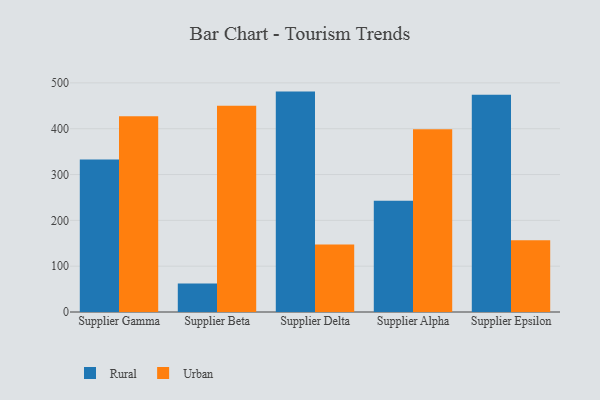
{"axis": {"x": "Supplier", "y": "Page Views"}, "legend": ["Rural", "Urban"], "data": [{"x": "Supplier Gamma", "y": 332.8, "type": "Rural"}, {"x": "Supplier Gamma", "y": 427.2, "type": "Urban"}, {"x": "Supplier Beta", "y": 62.1, "type": "Rural"}, {"x": "Supplier Beta", "y": 449.9, "type": "Urban"}, {"x": "Supplier Delta", "y": 481.0, "type": "Rural"}, {"x": "Supplier Delta", "y": 147.1, "type": "Urban"}, {"x": "Supplier Alpha", "y": 242.6, "type": "Rural"}, {"x": "Supplier Alpha", "y": 398.7, "type": "Urban"}, {"x": "Supplier Epsilon", "y": 474.0, "type": "Rural"}, {"x": "Supplier Epsilon", "y": 156.7, "type": "Urban"}]}